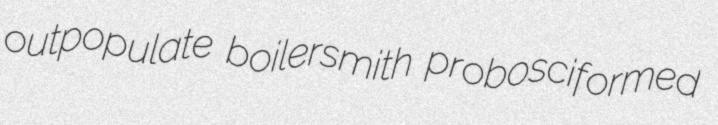
outpopulate boilersmith probosciformed